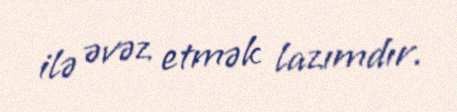
ilə əvəz etmək lazımdır.